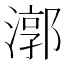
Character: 漷